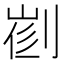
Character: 𠝦